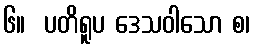
၆။  ပတိရူပ ဒေသဝါသော စ၊